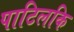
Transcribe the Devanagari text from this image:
पाटिलकि